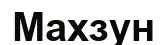
Махзун